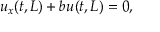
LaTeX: u _ { x } ( t , L ) + b u ( t , L ) = 0 ,